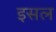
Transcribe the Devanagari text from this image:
इसल